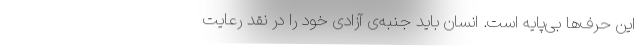
این حرف‌ها بی‌پایه است. انسان باید جنبه‌ی آزادی خود را در نقد رعایت